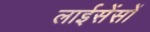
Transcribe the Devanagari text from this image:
लाईसेंसों